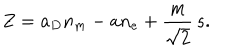
Z = a _ { D } n _ { m } - a n _ { e } + { \frac { m } { \sqrt { 2 } } } \, s .